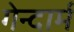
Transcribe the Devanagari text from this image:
गेन्दार्म